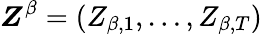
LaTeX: \boldsymbol{Z}^{\beta}=(Z_{\beta,1},\ldots,Z_{\beta,T})